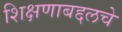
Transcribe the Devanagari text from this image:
शिक्षणाबद्दलचे